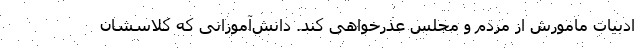
ادبیات مامورش از مردم و مجلس عذرخواهی کند. دانش‌آموزانی که کلاسشان